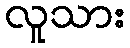
လူသား